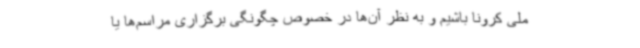
ملی کرونا باشیم و به نظر آن‌ها در خصوص چگونگی برگزاری مراسم‌ها یا